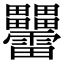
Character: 𤴑